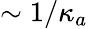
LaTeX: \sim 1/\kappa_{a}